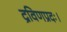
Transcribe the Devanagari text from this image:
द्रविणप्रदः।